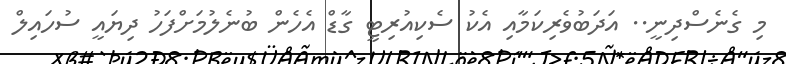
މި ގެނެސްދިނީ.. އަދަބުވެރިކަމާއި އެކު ސެކިއުރިޓީ ގާޑް އެހެން ބުނެލުމަށްފަހު ދިޔައީ ސުހައިލް